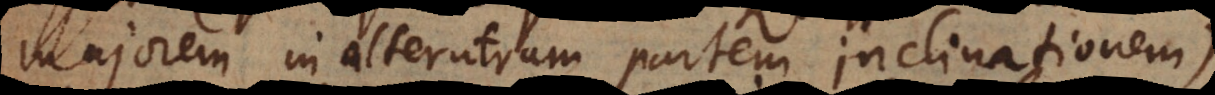
majorem in alterutram partem inclinationem)